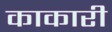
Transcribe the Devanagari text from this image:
काकारी